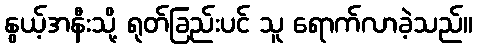
နွယ့်အနီးသို့ ရုတ်ခြည်းပင် သူ ရောက်လာခဲ့သည်။